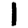
Digit: 1